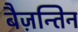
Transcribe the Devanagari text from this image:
बैज़न्तिन